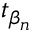
t _ { \beta _ { n } }